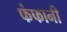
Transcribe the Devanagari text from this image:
फंफानी